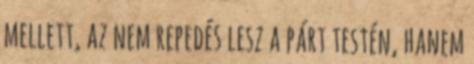
mellett, az nem repedés lesz a párt testén, hanem